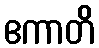
ဧကာတိ